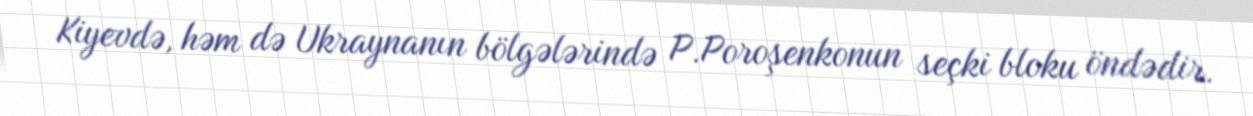
Kiyevdə, həm də Ukraynanın bölgələrində P.Poroşenkonun seçki bloku öndədir.